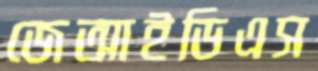
জেআইডিএস